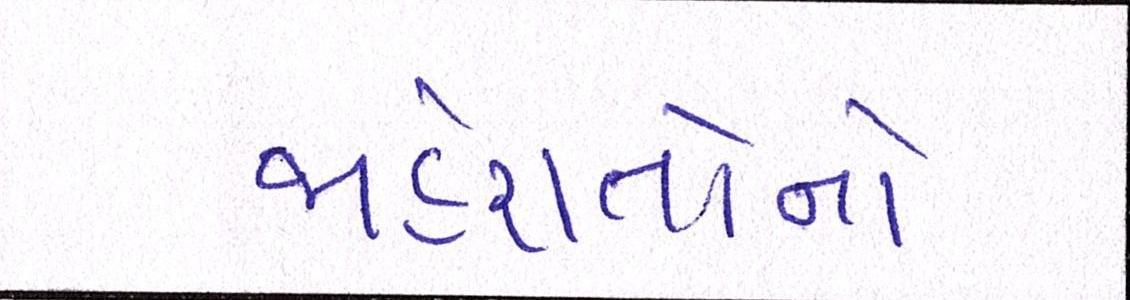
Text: જાહેરાતોનો